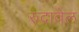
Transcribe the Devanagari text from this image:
रुंदावेल